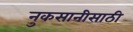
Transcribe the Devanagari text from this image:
नुकसानीसाठी